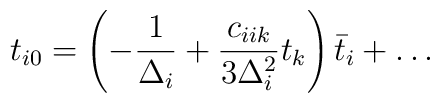
t_{i0}= \left(-{1\over\Delta_i}+{c_{iik} \over 3\Delta_i^2}t_k\right)\bar t_i + \dots